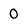
Character: 0